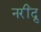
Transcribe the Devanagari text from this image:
नरींद्रु